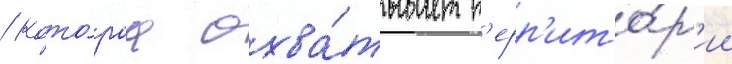
/ кото́раа охва́тывает т'ерр'ито́р'ии